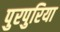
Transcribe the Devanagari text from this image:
पुरपुरिया